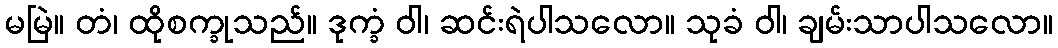
မမြဲ။ တံ၊ ထိုစက္ခုသည်။ ဒုက္ခံ ဝါ၊ ဆင်းရဲပါသလော။ သုခံ ဝါ၊ ချမ်းသာပါသလော။